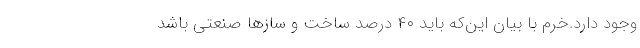
وجود دارد.خرم با بیان این‌که باید ۴۰ درصد ساخت و سازها صنعتی باشد